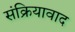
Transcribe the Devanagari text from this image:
संक्रियावाद